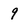
Character: 9